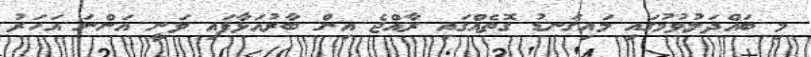
މި ބައްދަލުވުމުގައި މައިގަނޑު ގޮތެއްގައި ރާއްޖެ އިން ބާރުއަޅާފައި ވަނީ އަންނަ އަހަރު